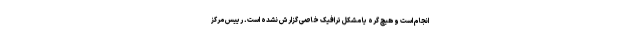
انجام است و هیچ گره یا مشکل ترافیک خاصی گزارش نشده است. رییس مرکز